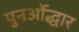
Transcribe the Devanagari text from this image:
पुनर्ओद्धार